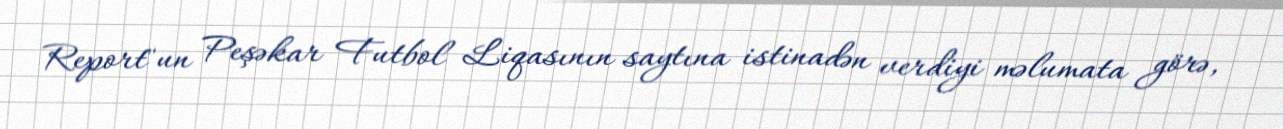
Report"un Peşəkar Futbol Liqasının saytına istinadən verdiyi məlumata görə,